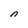
Character: n